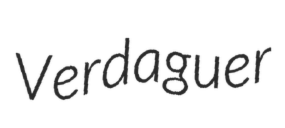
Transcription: Verdaguer